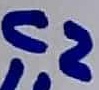
Text: C2